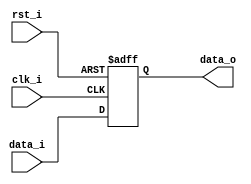
module Pipeline_Register( clk_i, rst_i, data_i, data_o);

// I/O ports
input clk_i, rst_i;
input [size-1:0] data_i;
output reg [size-1:0] data_o;  
          
parameter size = 0;

// Writing data when postive edge clk_i
always @(negedge rst_i or posedge clk_i) begin
	if (~rst_i)
		data_o <= 0;
	else
		data_o <= data_i;
end

endmodule